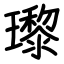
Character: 瓈